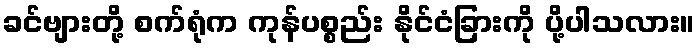
ခင်ဗျားတို့ စက်ရုံက ကုန်ပစ္စည်း နိုင်ငံခြားကို ပို့ပါသလား။